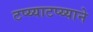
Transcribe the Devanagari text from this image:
टप्य्याटप्य्याने